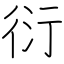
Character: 衍